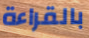
بالقراءة